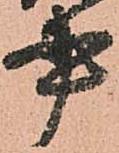
書